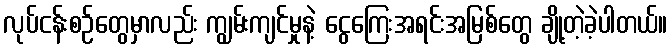
လုပ်ငန်းစဉ်တွေမှာလည်း ကျွမ်းကျင်မှုနဲ့ ငွေကြေးအရင်းအမြစ်တွေ ချို့တဲ့ခဲ့ပါတယ်။